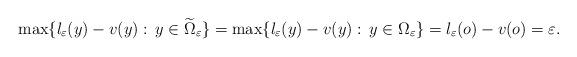
LaTeX: \begin{align*}\max\{l_\varepsilon(y)-v(y):\,y\in \widetilde{\Omega}_\varepsilon\}=\max\{l_\varepsilon(y)-v(y):\,y\in \Omega_\varepsilon\}=l_\varepsilon(o)-v(o)=\varepsilon.\end{align*}